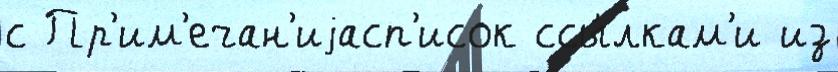
с Пр'им'ечан'иjасп'исок ссы́лкам'и из